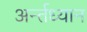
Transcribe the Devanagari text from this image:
अर्न्‍तध्‍यान